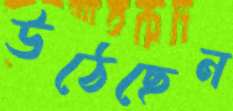
উঠেছেন